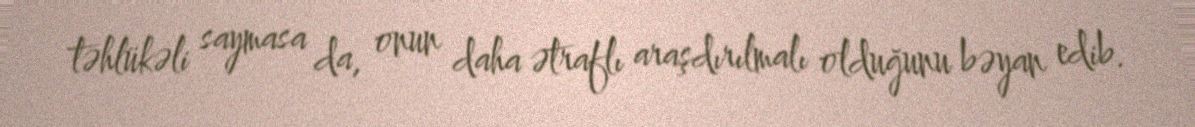
təhlükəli saymasa da, onun daha ətraflı araşdırılmalı olduğunu bəyan edib.